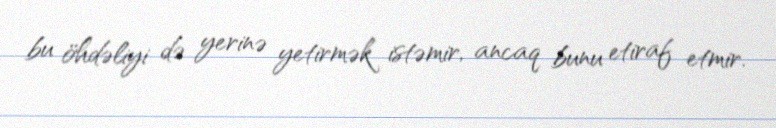
bu öhdəliyi də yerinə yetirmək istəmir, ancaq bunu etiraf etmir.